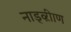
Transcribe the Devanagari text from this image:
नाड्व्ऱीाण